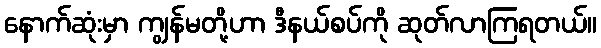
နောက်ဆုံးမှာ ကျွန်မတို့ဟာ ဒီနယ်စပ်ကို ဆုတ်လာကြရတယ်။